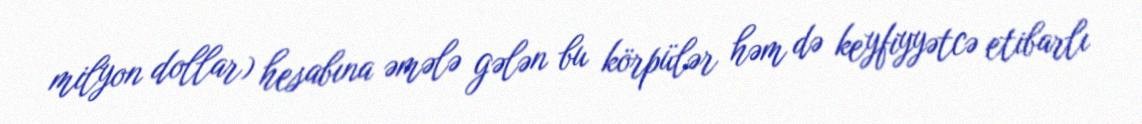
milyon dollar) hesabına əmələ gələn bu körpülər həm də keyfiyyətcə etibarlı